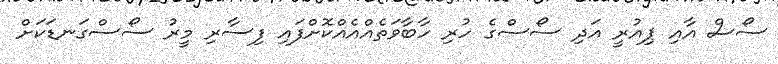
ސޯސް އާއި ޕިއުރީ އަދި ސޯސްގެ ހުރި ހާބާވަތެއްއެއްކޮށްފައި ފިސާރި މީރު ސޯސްގަނޑަކަށް